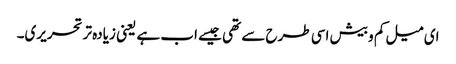
ای میل کم و بیش اسی طرح سے تھی جیسے اب ہے یعنی زیادہ تر تحریری۔